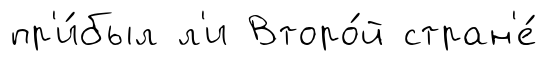
пр'и́был л'и Второ́й стран'е́